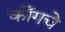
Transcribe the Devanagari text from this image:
काँगचे